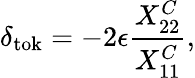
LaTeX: \delta_{\mathrm{tok}}=-2\epsilon\frac{X_{22}^{C}}{X_{11}^{C}},